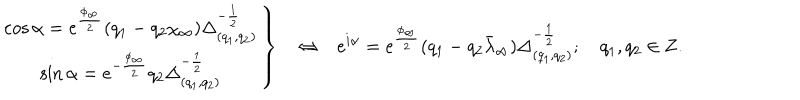
\left. \begin{matrix} { { \cos \alpha = e ^ { \frac { \phi _ { \infty } } { 2 } } ( q _ { 1 } - q _ { 2 } \chi _ { \infty } ) \Delta _ { ( q _ { 1 } , q _ { 2 } ) } ^ { - { \frac { 1 } { 2 } } } } } \\ { { \sin \alpha = e ^ { - { \frac { \phi _ { \infty } } { 2 } } } q _ { 2 } \Delta _ { ( q _ { 1 } , q _ { 2 } ) } ^ { - { \frac { 1 } { 2 } } } } } \\ \end{matrix} \right\} \ \ \ \Leftrightarrow \ \ \ e ^ { i \alpha } = e ^ { \frac { \phi _ { \infty } } { 2 } } ( q _ { 1 } - q _ { 2 } \bar { \lambda } _ { \infty } ) \Delta _ { ( q _ { 1 } , q _ { 2 } ) } ^ { - { \frac { 1 } { 2 } } } ; q _ { 1 } , q _ { 2 } \in { \bf Z } .